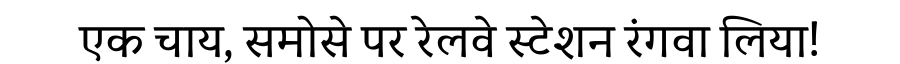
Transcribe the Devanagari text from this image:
एक चाय, समोसे पर रेलवे स्टेशन रंगवा लिया!